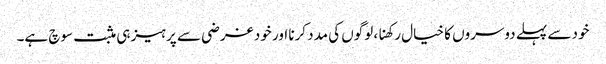
خود سے پہلے دوسروں کا خیال رکھنا، لوگوں کی مدد کرنا اور خود غرضی سے پرہیز ہی مثبت سوچ ہے۔